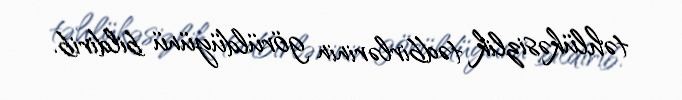
təhlükəsizlik tədbirlərinin görüldüyünü bildirib.